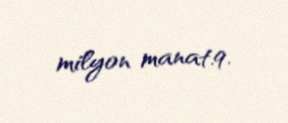
milyon manat.9.